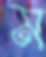
ম